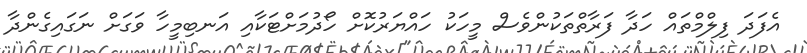
އެފަދަ ފިލްމްތައް ހަދާ ފަރާތްތަކުންވެސް މީހަކު ހައްޔަރުކޮށް ހޯދުމަށްޓަކާއި އަނބިމީހާ ވަގަށް ނަގައިގެންދާ